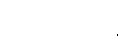
ဂရိတ်ဗြိတိန်